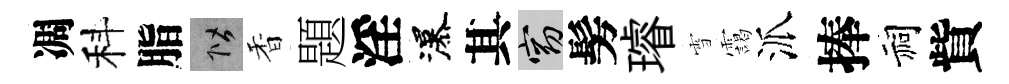
凋科脂階香題淫瀑其窈髣璿雪靄派捧祠貲